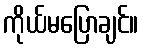
ကိုယ်မပြောချင်။